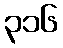
၃၁၆